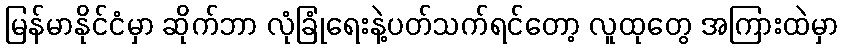
မြန်မာနိုင်ငံမှာ ဆိုက်ဘာ လုံခြုံရေးနဲ့ပတ်သက်ရင်တော့ လူထုတွေ အကြားထဲမှာ